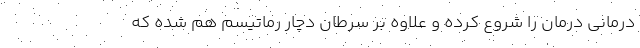
درمانی درمان را شروع کرده و علاوه بر سرطان دچار رماتیسم هم شده که